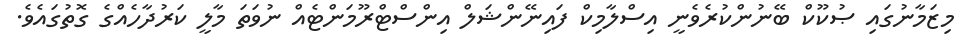
މިޒަމާނުގައި ޞުކޫކް ބޭނުންކުރެވެނީ އިސްލާމިކް ފައިނޭންޝަލް އިންސްޓްރޫމަންޓެއް ނުވަތަ މާލީ ކަރުދާހެއްގެ ގޮތުގައެވެ.